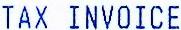
TAX INVOICE